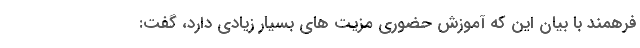
فرهمند با بیان این که آموزش حضوری مزیت های بسیار زیادی دارد، گفت: